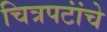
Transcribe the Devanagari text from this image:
चित्रपटांंचे